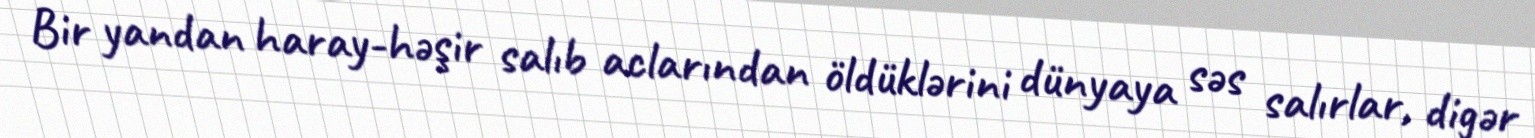
Bir yandan haray-həşir salıb aclarından öldüklərini dünyaya səs salırlar, digər